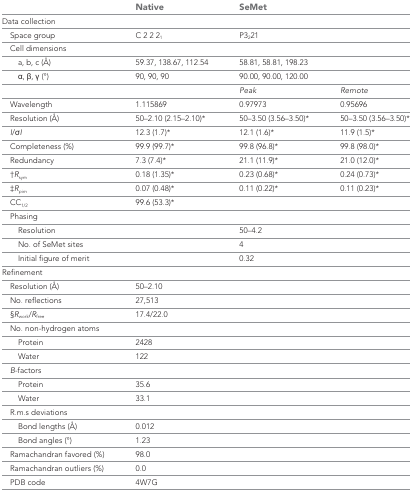
<table><thead><tr><td></td><td><b>Native</b></td><td colspan="2"><b>SeMet</b></td></tr></thead><tbody><tr><td colspan="4">Data collection</td></tr><tr><td> Space group</td><td>C 2 2 2<sub>1</sub></td><td colspan="2">P3<sub>2</sub>21</td></tr><tr><td> Cell dimensions</td><td></td><td colspan="2"></td></tr><tr><td> a, b, c (Å)</td><td>59.37, 138.67, 112.54</td><td colspan="2">58.81, 58.81, 198.23</td></tr><tr><td> α, β, γ (°)</td><td>90, 90, 90</td><td colspan="2">90.00, 90.00, 120.00</td></tr><tr><td></td><td></td><td><i>Peak</i></td><td><i>Remote</i></td></tr><tr><td> Wavelength</td><td>1.115869</td><td>0.97973</td><td>0.95696</td></tr><tr><td> Resolution (Å)</td><td>50–2.10 (2.15–2.10)*</td><td>50–3.50 (3.56–3.50)*</td><td>50–3.50 (3.56–3.50)*</td></tr><tr><td> <i>I</i>/σ<i>I</i></td><td>12.3 (1.7)*</td><td>12.1 (1.6)*</td><td>11.9 (1.5)*</td></tr><tr><td> Completeness (%)</td><td>99.9 (99.7)*</td><td>99.8 (96.8)*</td><td>99.8 (98.0)*</td></tr><tr><td> Redundancy</td><td>7.3 (7.4)*</td><td>21.1 (11.9)*</td><td>21.0 (12.0)*</td></tr><tr><td> †<i>R</i><sub>sym</sub></td><td>0.18 (1.35)*</td><td>0.23 (0.68)*</td><td>0.24 (0.73)*</td></tr><tr><td> ‡<i>R</i><sub><i>pim</i></sub></td><td>0.07 (0.48)*</td><td>0.11 (0.22)*</td><td>0.11 (0.23)*</td></tr><tr><td> CC<sub>1/2</sub></td><td>99.6 (53.3)*</td><td colspan="2"></td></tr><tr><td> Phasing</td><td></td><td colspan="2"></td></tr><tr><td> Resolution</td><td></td><td colspan="2">50–4.2</td></tr><tr><td> No. of SeMet sites</td><td></td><td colspan="2">4</td></tr><tr><td> Initial figure of merit</td><td></td><td colspan="2">0.32</td></tr><tr><td colspan="4">Refinement</td></tr><tr><td> Resolution (Å)</td><td>50–2.10</td><td colspan="2"></td></tr><tr><td> No. reflections</td><td>27,513</td><td colspan="2"></td></tr><tr><td> §<i>R</i><sub>work</sub>/<i>R</i><sub>free</sub></td><td>17.4/22.0</td><td colspan="2"></td></tr><tr><td> No. non-hydrogen atoms</td><td></td><td colspan="2"></td></tr><tr><td> Protein</td><td>2428</td><td colspan="2"></td></tr><tr><td> Water</td><td>122</td><td colspan="2"></td></tr><tr><td> <i>B</i>-factors</td><td></td><td colspan="2"></td></tr><tr><td> Protein</td><td>35.6</td><td colspan="2"></td></tr><tr><td> Water</td><td>33.1</td><td colspan="2"></td></tr><tr><td> R.m.s deviations</td><td></td><td colspan="2"></td></tr><tr><td> Bond lengths (Å)</td><td>0.012</td><td colspan="2"></td></tr><tr><td> Bond angles (°)</td><td>1.23</td><td colspan="2"></td></tr><tr><td> Ramachandran favored (%)</td><td>98.0</td><td colspan="2"></td></tr><tr><td> Ramachandran outliers (%)</td><td>0.0</td><td colspan="2"></td></tr><tr><td> PDB code</td><td>4W7G</td><td colspan="2"></td></tr></tbody></table>